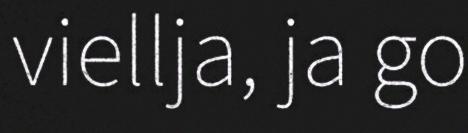
viellja, ja go